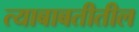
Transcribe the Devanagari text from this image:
त्याबाबतीतील